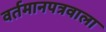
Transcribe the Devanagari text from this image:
वर्तमानपत्रवाला